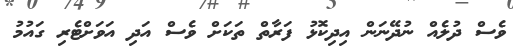
ވެސް ދުލެއް ނުދޭނަން އިދިކޮޅު ފަރާތް ތަކަށް ވެސް އަދި އަވަށްޓެރި ގައުމު